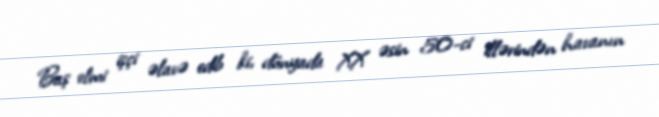
Baş elmi işçi əlavə edib ki, dünyada XX əsin 50-ci illərindən havanın